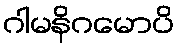
ဂါမနိဂမောပိ